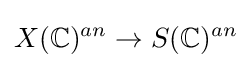
X(\mathbb {C} )^{an}\to S(\mathbb {C} )^{an}